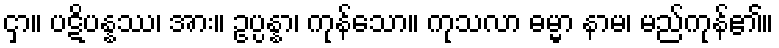
ငှာ။ ပဋိပန္နဿ၊ အား။ ဥပ္ပန္နာ၊ ကုန်သော။ ကုသလာ ဓမ္မာ နာမ၊ မည်ကုန်၏။